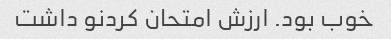
خوب بود. ارزش امتحان کردنو داشت